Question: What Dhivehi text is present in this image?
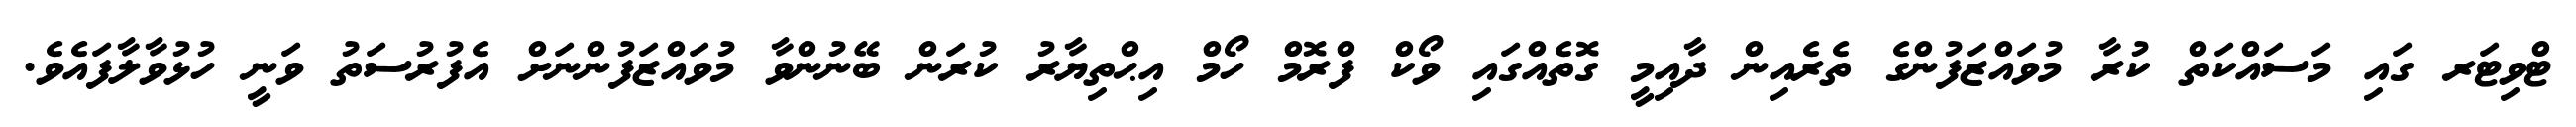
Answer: ޓްވިޓަރ ގައި މަސައްކަތް ކުރާ މުވައްޒަފުންގެ ތެރެއިން ދާއިމީ ގޮތެއްގައި ވޯކް ފްރޮމް ހޯމް އިޙްތިޔާރު ކުރަން ބޭނުންވާ މުވައްޒަފުންނަށް އެފުރުސަތު ވަނީ ހުޅުވާލާފައެވެ.